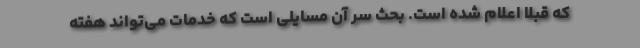
که قبلاً اعلام شده است. بحث سر آن مسایلی است که خدمات می‌تواند هفته